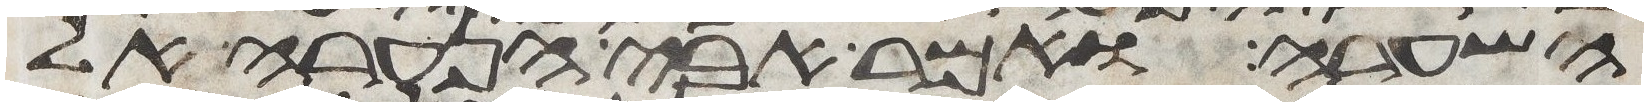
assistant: השערה ואמר אבי הנערה אל